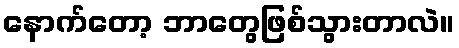
နောက်တော့ ဘာတွေဖြစ်သွားတာလဲ။